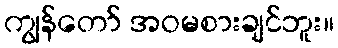
ကျွန်တော် အဝမစားချင်ဘူး။